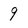
Character: 9